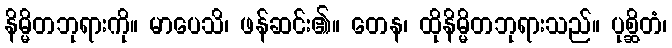
နိမ္မိတဘုရားကို။ မာပေသိ၊ ဖန်ဆင်း၏။ တေန၊ ထိုနိမ္မိတဘုရားသည်။ ပုစ္ဆိတံ၊